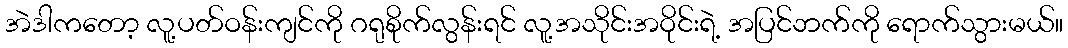
အဲဒါကတော့ လူ့ပတ်ဝန်းကျင်ကို ဂရုစိုက်လွန်းရင် လူ့အသိုင်းအဝိုင်းရဲ့ အပြင်ဘက်ကို ရောက်သွားမယ်။